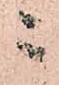
ニ